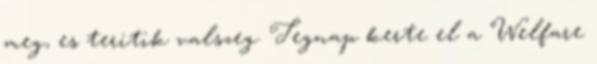
meg, es teritik valszeg. Tegnap kerte el a Welfare